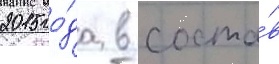
2015 го́да в соста́в